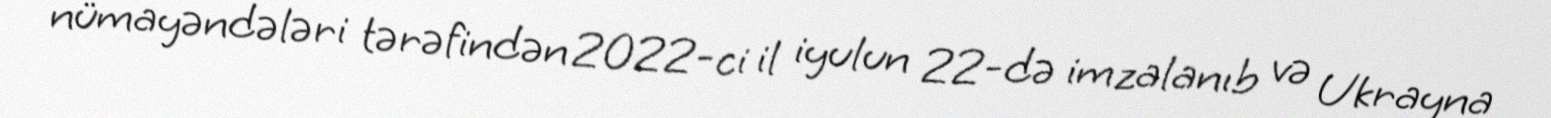
nümayəndələri tərəfindən 2022-ci il iyulun 22-də imzalanıb və Ukrayna